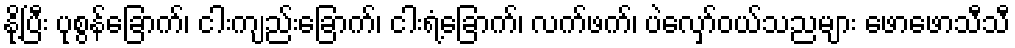
နို့ပြီး ပုစွန်ခြောက်၊ ငါးကျည်းခြောက်၊ ငါးရံ့ခြောက်၊ လက်ဖက်၊ ပဲလှော်ဝယ်သညများ ဖောဖောသီသီ